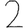
Digit: 2